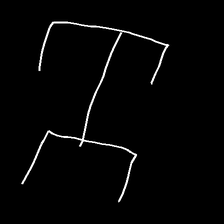
Glyph: entwine